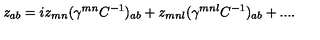
z _ { a b } = i z _ { m n } ( \gamma ^ { m n } C ^ { - 1 } ) _ { a b } + z _ { m n l } ( \gamma ^ { m n l } C ^ { - 1 } ) _ { a b } + . . . .